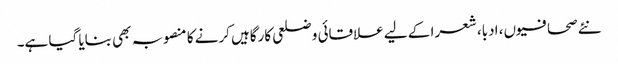
نئے صحافیوں، ادبا، شعرا کے لیے علاقائی و ضلعی کارگاہیں کرنے کا منصوبہ بھی بنایا گیا ہے۔